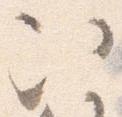
次